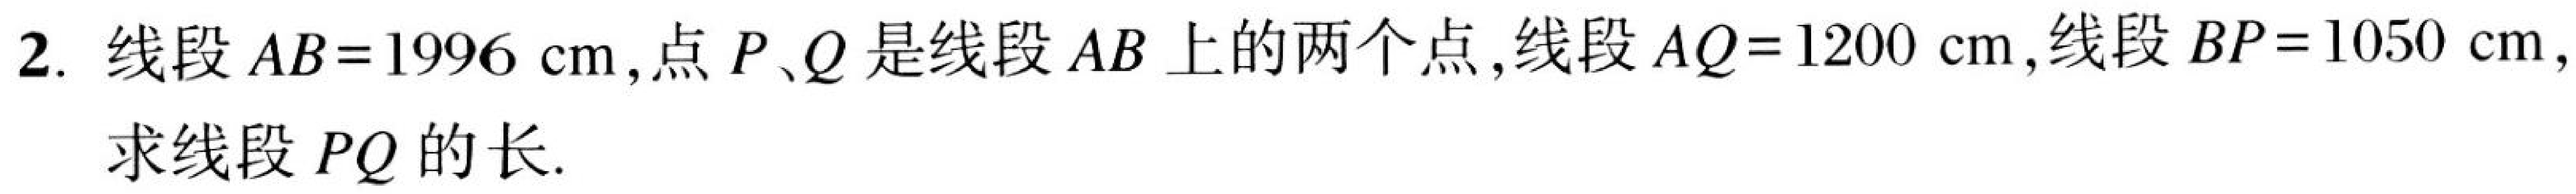
2. 线段$AB = 1996\mathrm{cm}$，点$P、Q$是线段$AB$上的两个点，线段$AQ = 1200\mathrm{cm}$，线段$BP = 1050\mathrm{cm}$，
求线段$PQ$的长.